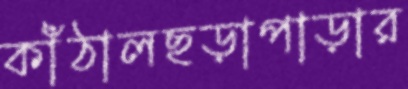
কাঁঠালছড়াপাড়ার